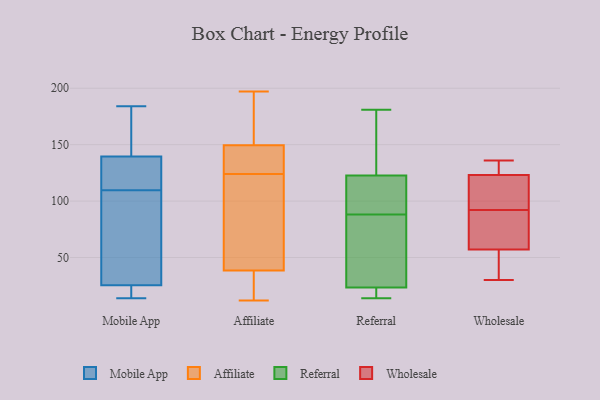
{"axis": {"x": "Humidity (%)", "y": "Value"}, "legend": ["Affiliate", "Mobile App", "Referral", "Wholesale"], "data": [{"x": "", "y": 39, "type": "Mobile App"}, {"x": "", "y": 16, "type": "Mobile App"}, {"x": "", "y": 184, "type": "Mobile App"}, {"x": "", "y": 151, "type": "Mobile App"}, {"x": "", "y": 116, "type": "Mobile App"}, {"x": "", "y": 21, "type": "Mobile App"}, {"x": "", "y": 131, "type": "Mobile App"}, {"x": "", "y": 158, "type": "Mobile App"}, {"x": "", "y": 133, "type": "Mobile App"}, {"x": "", "y": 146, "type": "Mobile App"}, {"x": "", "y": 30, "type": "Mobile App"}, {"x": "", "y": 31, "type": "Mobile App"}, {"x": "", "y": 15, "type": "Mobile App"}, {"x": "", "y": 44, "type": "Mobile App"}, {"x": "", "y": 14, "type": "Mobile App"}, {"x": "", "y": 178, "type": "Mobile App"}, {"x": "", "y": 115, "type": "Mobile App"}, {"x": "", "y": 114, "type": "Mobile App"}, {"x": "", "y": 105, "type": "Mobile App"}, {"x": "", "y": 19, "type": "Mobile App"}, {"x": "", "y": 133, "type": "Affiliate"}, {"x": "", "y": 120, "type": "Affiliate"}, {"x": "", "y": 161, "type": "Affiliate"}, {"x": "", "y": 28, "type": "Affiliate"}, {"x": "", "y": 180, "type": "Affiliate"}, {"x": "", "y": 197, "type": "Affiliate"}, {"x": "", "y": 42, "type": "Affiliate"}, {"x": "", "y": 138, "type": "Affiliate"}, {"x": "", "y": 64, "type": "Affiliate"}, {"x": "", "y": 128, "type": "Affiliate"}, {"x": "", "y": 12, "type": "Affiliate"}, {"x": "", "y": 35, "type": "Affiliate"}, {"x": "", "y": 24, "type": "Referral"}, {"x": "", "y": 88, "type": "Referral"}, {"x": "", "y": 121, "type": "Referral"}, {"x": "", "y": 128, "type": "Referral"}, {"x": "", "y": 69, "type": "Referral"}, {"x": "", "y": 150, "type": "Referral"}, {"x": "", "y": 181, "type": "Referral"}, {"x": "", "y": 99, "type": "Referral"}, {"x": "", "y": 22, "type": "Referral"}, {"x": "", "y": 110, "type": "Referral"}, {"x": "", "y": 88, "type": "Referral"}, {"x": "", "y": 14, "type": "Referral"}, {"x": "", "y": 19, "type": "Referral"}, {"x": "", "y": 57, "type": "Wholesale"}, {"x": "", "y": 136, "type": "Wholesale"}, {"x": "", "y": 135, "type": "Wholesale"}, {"x": "", "y": 123, "type": "Wholesale"}, {"x": "", "y": 123, "type": "Wholesale"}, {"x": "", "y": 43, "type": "Wholesale"}, {"x": "", "y": 95, "type": "Wholesale"}, {"x": "", "y": 30, "type": "Wholesale"}, {"x": "", "y": 89, "type": "Wholesale"}, {"x": "", "y": 78, "type": "Wholesale"}]}